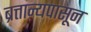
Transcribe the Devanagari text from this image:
ब्रत्तान्यपासून